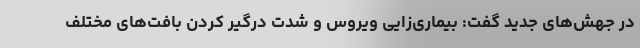
در جهش‌های جدید گفت: بیماری‌زایی ویروس و شدت درگیر کردن بافت‌های مختلف